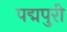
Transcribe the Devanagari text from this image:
पद्मपुरी